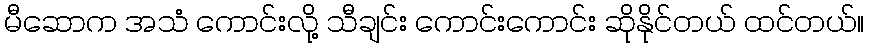
မီဆောက အသံ ကောင်းလို့ သီချင်း ကောင်းကောင်း ဆိုနိုင်တယ် ထင်တယ်။